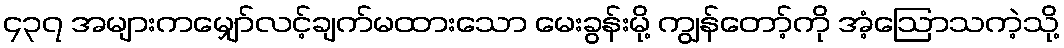
၄၃၇ အများကမျှော်လင့်ချက်မထားသော မေးခွန်းမို့ ကျွန်တော့်ကို အံ့ဩောသကဲ့သို့